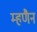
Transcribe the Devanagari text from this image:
म्हणैन